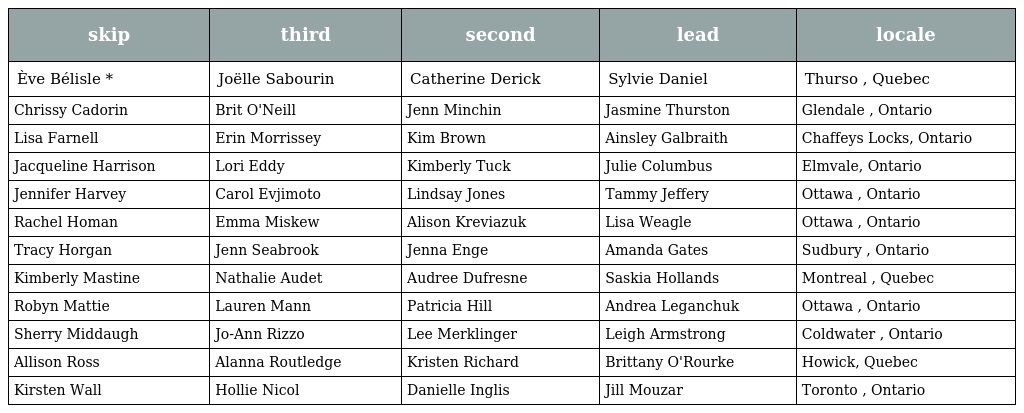
| skip | third | second | lead | locale |
 | --- | --- | --- | --- | --- |
 | Ève Bélisle * | Joëlle Sabourin | Catherine Derick | Sylvie Daniel | Thurso , Quebec |
 | Chrissy Cadorin | Brit O'Neill | Jenn Minchin | Jasmine Thurston | Glendale , Ontario |
 | Lisa Farnell | Erin Morrissey | Kim Brown | Ainsley Galbraith | Chaffeys Locks, Ontario |
 | Jacqueline Harrison | Lori Eddy | Kimberly Tuck | Julie Columbus | Elmvale, Ontario |
 | Jennifer Harvey | Carol Evjimoto | Lindsay Jones | Tammy Jeffery | Ottawa , Ontario |
 | Rachel Homan | Emma Miskew | Alison Kreviazuk | Lisa Weagle | Ottawa , Ontario |
 | Tracy Horgan | Jenn Seabrook | Jenna Enge | Amanda Gates | Sudbury , Ontario |
 | Kimberly Mastine | Nathalie Audet | Audree Dufresne | Saskia Hollands | Montreal , Quebec |
 | Robyn Mattie | Lauren Mann | Patricia Hill | Andrea Leganchuk | Ottawa , Ontario |
 | Sherry Middaugh | Jo-Ann Rizzo | Lee Merklinger | Leigh Armstrong | Coldwater , Ontario |
 | Allison Ross | Alanna Routledge | Kristen Richard | Brittany O'Rourke | Howick, Quebec |
 | Kirsten Wall | Hollie Nicol | Danielle Inglis | Jill Mouzar | Toronto , Ontario |